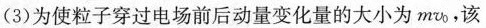
(3)为使粒子穿过电场前后动量变化量的大小为mv_{0}，该